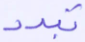
تبدد